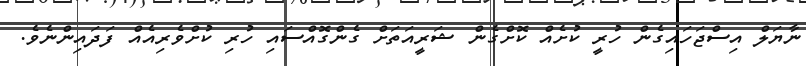
ނާޔަލް އިސްޖަހައިގެން ހުރީ ކުށެއް ކޮށްގެން ޝަރީއަތަށް ގެންގޮއްސައި ހުރި ކުށްވެރިއެއް ފަދައިންނެވެ.